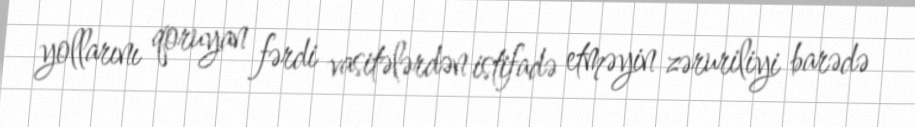
yollarını qoruyan fərdi vasitələrdən istifadə etməyin zəruriliyi barədə